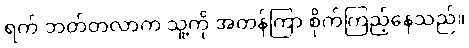
ရက် ဘတ်တလာက သူ့ကို အတန်ကြာ စိုက်ကြည့်နေသည်။